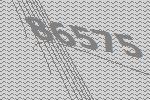
86575